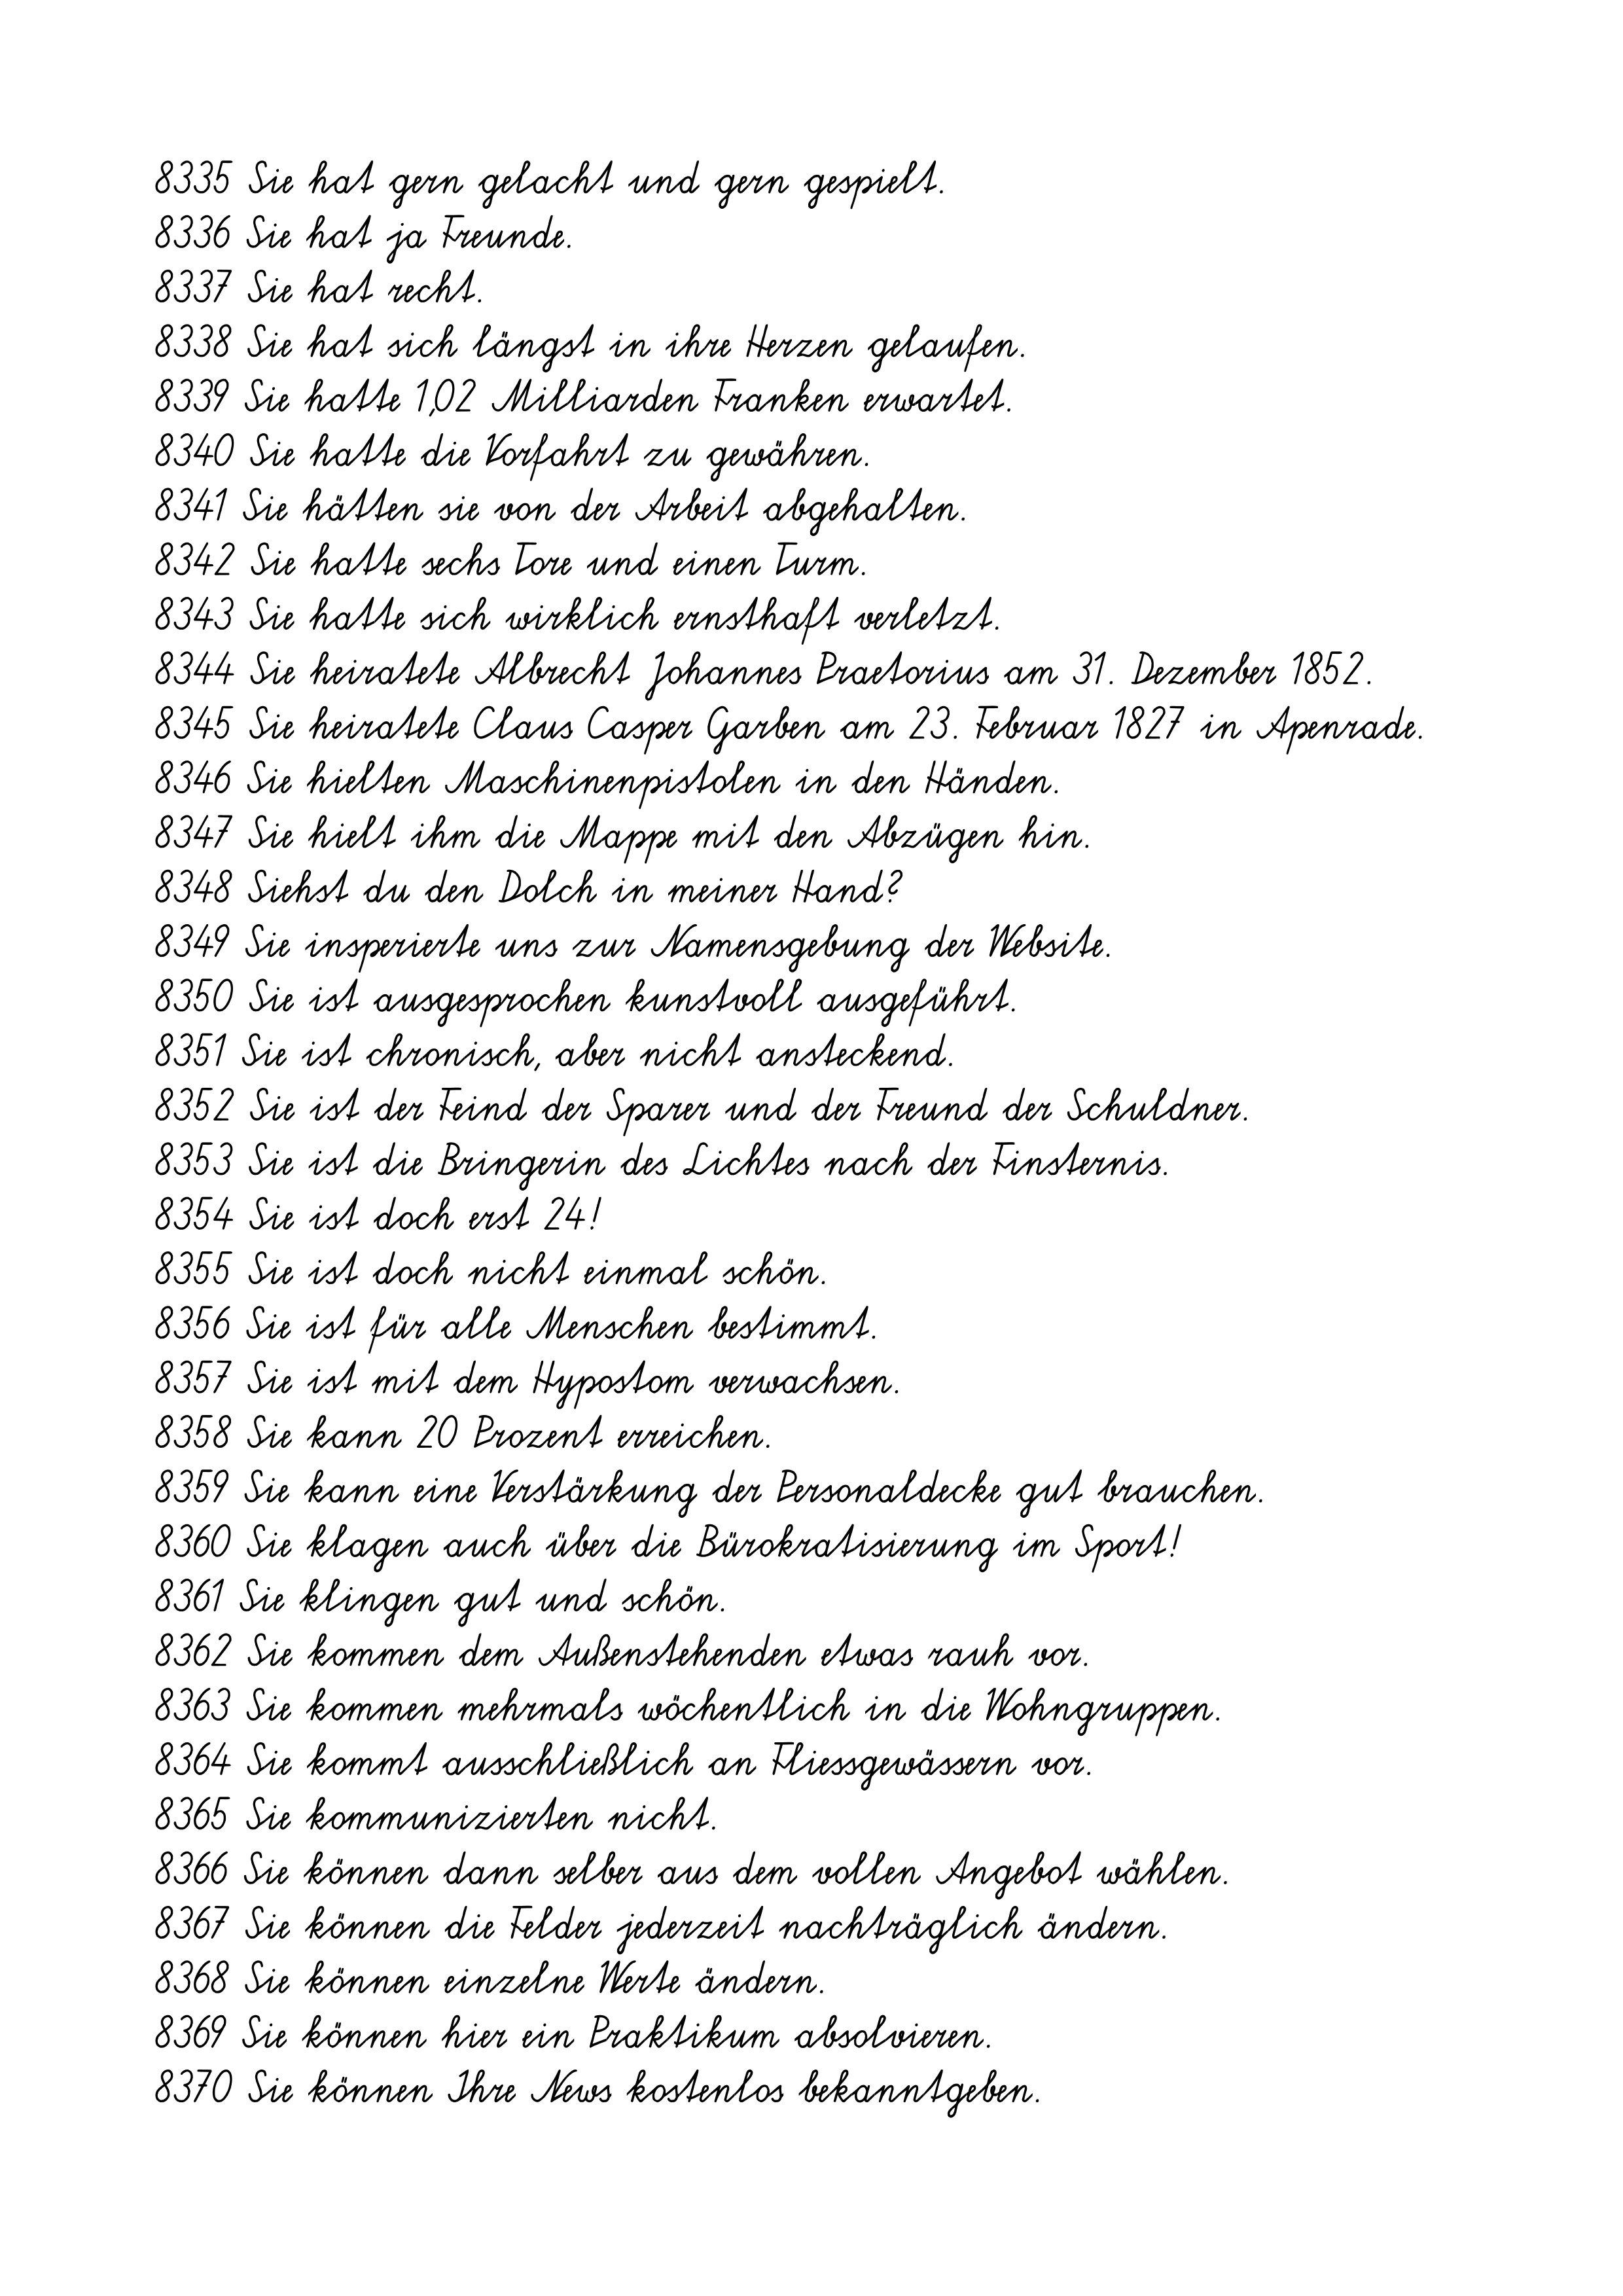
8335 Sie hat gern gelacht und gern gespielt.
8336 Sie hat ja Freunde.
8337 Sie hat recht.
8338 Sie hat sich längst in ihre Herzen gelaufen.
8339 Sie hatte 1,02 Milliarden Franken erwartet.
8340 Sie hatte die Vorfahrt zu gewähren.
8341 Sie hätten sie von der Arbeit abgehalten.
8342 Sie hatte sechs Tore und einen Turm.
8343 Sie hatte sich wirklich ernsthaft verletzt.
8344 Sie heiratete Albrecht Johannes Praetorius am 31. Dezember 1852.
8345 Sie heiratete Claus Casper Garben am 23. Februar 1827 in Apenrade.
8346 Sie hielten Maschinenpistolen in den Händen.
8347 Sie hielt ihm die Mappe mit den Abzügen hin.
8348 Siehst du den Dolch in meiner Hand?
8349 Sie insperierte uns zur Namensgebung der Website.
8350 Sie ist ausgesprochen kunstvoll ausgeführt.
8351 Sie ist chronisch, aber nicht ansteckend.
8352 Sie ist der Feind der Sparer und der Freund der Schuldner.
8353 Sie ist die Bringerin des Lichtes nach der Finsternis.
8354 Sie ist doch erst 24!
8355 Sie ist doch nicht einmal schön.
8356 Sie ist für alle Menschen bestimmt.
8357 Sie ist mit dem Hypostom verwachsen.
8358 Sie kann 20 Prozent erreichen.
8359 Sie kann eine Verstärkung der Personaldecke gut brauchen.
8360 Sie klagen auch über die Bürokratisierung im Sport!
8361 Sie klingen gut und schön.
8362 Sie kommen dem Außenstehenden etwas rauh vor.
8363 Sie kommen mehrmals wöchentlich in die Wohngruppen.
8364 Sie kommt ausschließlich an Fliessgewässern vor.
8365 Sie kommunizierten nicht.
8366 Sie können dann selber aus dem vollen Angebot wählen.
8367 Sie können die Felder jederzeit nachträglich ändern.
8368 Sie können einzelne Werte ändern.
8369 Sie können hier ein Praktikum absolvieren.
8370 Sie können Ihre News kostenlos bekanntgeben.